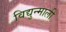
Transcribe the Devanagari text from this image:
विद्युन्माली